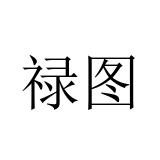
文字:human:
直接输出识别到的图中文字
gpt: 禄图